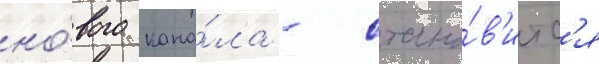
но́вого кана́ла - стано́в'итс'я